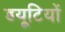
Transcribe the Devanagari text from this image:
डयूटियों